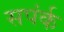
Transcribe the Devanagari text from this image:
सपंर्क